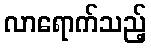
လာရောက်သည့်